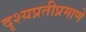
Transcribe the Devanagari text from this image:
दृश्यप्रतीप्रमाणे